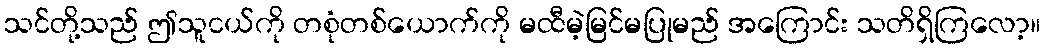
သင်တို့သည် ဤသူငယ်ကို တစုံတစ်ယောက်ကို မထီမဲ့မြင်မပြုမည် အကြောင်း သတိရှိကြလော့။